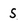
Character: s